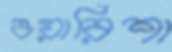
ওয়ারিশা